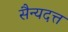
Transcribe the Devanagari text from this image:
सैन्यदत्त